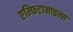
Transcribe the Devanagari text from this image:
एम्फिटामाइन्स